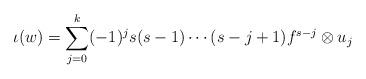
LaTeX: \begin{align*}\iota(w) &= \sum_{j=0}^k (-1)^js(s-1)\cdots (s-j+1)f^{s-j}\otimes u_j\end{align*}